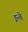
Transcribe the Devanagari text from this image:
इन्ते